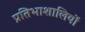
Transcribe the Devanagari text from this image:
प्रतिभाशालियों